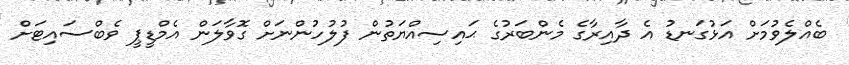
ބެއްލެވުމަށް އަޅުގަނޑު އެ ދާއިރާގެ މެންބަރުގެ ޙައިސިއްޔަތުން ފުލުހުންނަށް ގޮވާލަން އެމްޑީޕީ ވެބްސައިޓަށް